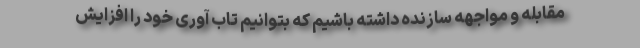
مقابله و مواجهه سازنده داشته باشیم که بتوانیم تاب آوری خود را افزایش